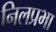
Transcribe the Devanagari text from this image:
निलप्रभा